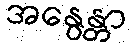
အနွေန္တာ